Annual administration and progress report of the Indian Medical Department, Bombay
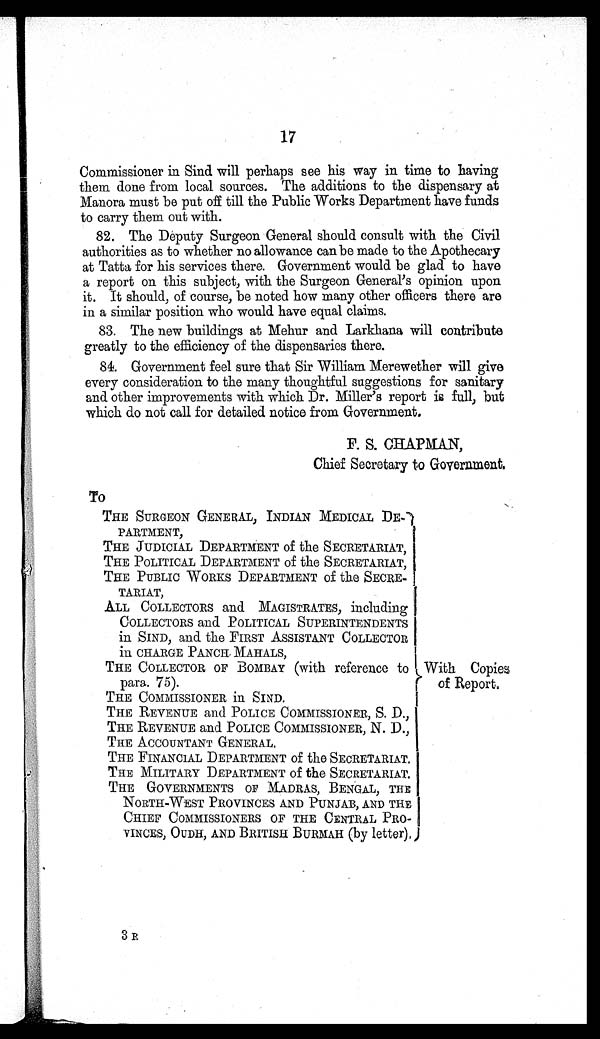
17
Commissioner in Sind will perhaps see his way in time to having
them done from local sources. The additions to the dispensary at
Manora must be put off till the Public Works Department have funds
to carry them out with.
82. The Deputy Surgeon General should consult with the Civil
authorities as to whether no allowance can be made to the Apothecary
at Tatta for his services there. Government would be glad to have
a report on this subject, with the Surgeon General's opinion upon
it. It should, of course, be noted how many other officers there are
in a similar position who would have equal claims.
83. The new buildings at Mehur and Larkhana will contribute
greatly to the efficiency of the dispensaries there.
84. Government feel sure that Sir William Merewether will give
every consideration to the many thoughtful suggestions for sanitary
and other improvements with which Dr. Miller's report is full, but
which do not call for detailed notice from Government.
F. S. CHAPMAN,
Chief Secretary to Government.
TO
THE SURGEON GENERAL, INDIAN MEDICAL DE
-PARTMENT,
THE JUDICIAL DEPARTMENT of the SECRETARIAT,
THE POLITICAL DEPARTMENT of the SECRETARIAT,
THE PUBLIC WORKS DEPARTMENT of the SECRE-
TARIAT,
ALL COLLECTORS and MAGISTRATES, including
COLLECTORS and POLITICAL SUPERINTENDENTS
in SIND, and the FIRST ASSISTANT COLLECTOR
in CHARGE PANCH MAHALS,
THE COLLECTOR OF BOMBAY (with reference to para.
75).
THE COMMISSIONER in SIND.
THE REVENUE and POLICE COMMISSIONER, S. D.,
THE REVENUE and POLICE COMMISSIONER, N. D.,
THE ACCOUNTANT GENERAL.
THE FINANCIAL DEPARTMENT of the SECRETARIAT.
THE MILITARY DEPARTMENT of the SECRETARIAT.
THE GOVERNMENTS OF MADRAS, BENGAL, THE
NORTH-WEST PROVINCES AND PUNJAB, AND THE
CHIEF COMMISSIONERS OF THE CENTRAL PRO-
VINCES, OUDH, AND BRITISH BURMAH (by letter).
With Copies of Report.
3 R